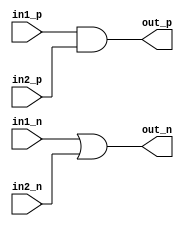
`celldefine
module andDR (out_p, out_n, in1_p, in1_n, in2_p, in2_n);
    output out_p;
    output out_n;
    input in1_p;
    input in1_n;
    input in2_p;
    input in2_n;

    and _and1 (out_p, in1_p, in2_p);
    or _or1 (out_n, in1_n, in2_n);
    // assign out_p = in1_p & in2_p;
    // assign out_n = in1_n | in2_n;

endmodule
`endcelldefine

`celldefine
module orDR (out_p, out_n, in1_p, in1_n, in2_p, in2_n);
    output out_p;
    output out_n;
    input in1_p;
    input in1_n;
    input in2_p;
    input in2_n;

    or _or1 (out_p, in1_p, in2_p);
    and _and1 (out_n, in1_n, in2_n);
    // assign out_p = in1_p | in2_p;
    // assign out_n = in1_n & in2_n;

endmodule
`endcelldefine

`celldefine
module notDR (out_p, out_n, in_p, in_n);
    output out_p;
    output out_n;
    input in_p;
    input in_n;

    not (out_p, in_p);
    not (out_n, in_n);

endmodule
`endcelldefine